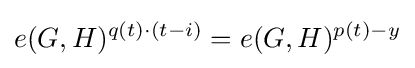
e(G,H)^{q(t)\cdot (t-i)}=e(G,H)^{p(t)-y}